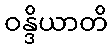
ဝန္ဒိယာတိ